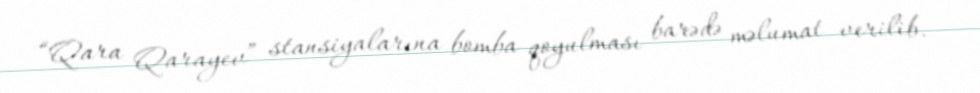
“Qara Qarayev” stansiyalarına bomba qoyulması barədə məlumat verilib.